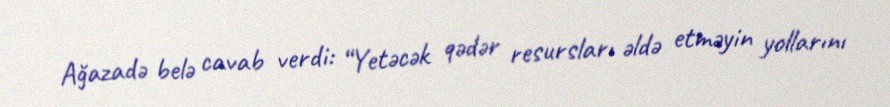
Ağazadə belə cavab verdi: “Yetəcək qədər resursları əldə etməyin yollarını